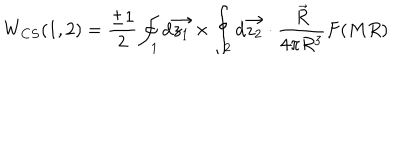
LaTeX: W _ { C S } ( 1 , 2 ) = \frac { \pm 1 } { 2 } \oint _ { 1 } d \vec { z _ { 1 } } \times \oint _ { 2 } d \vec { z _ { 2 } } \cdot \frac { \vec { R } } { 4 \pi R ^ { 3 } } F ( M R )